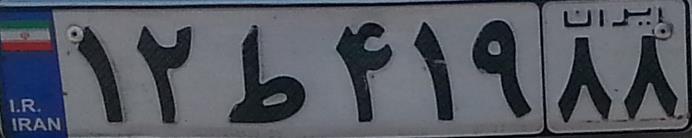
۱۲ط۴۱۹۸۸